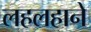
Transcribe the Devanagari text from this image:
लहलहाने